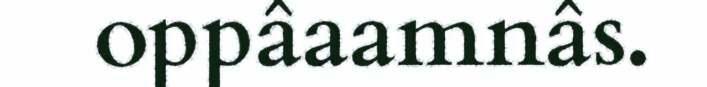
oppâaamnâs.